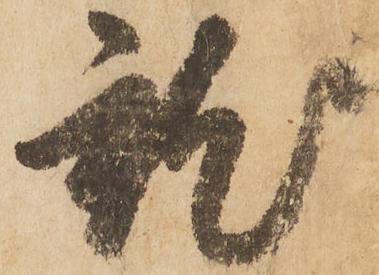
就